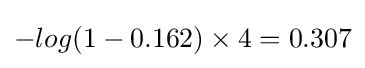
-log(1-0.162)\times 4=0.307